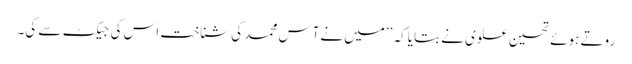
روتے ہوئے تحسین علوی نے بتایا کہ ’’میں نےآس محمد کی شناخت اس کی جیکٹ سے کی۔